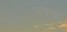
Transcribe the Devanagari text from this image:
अनागार